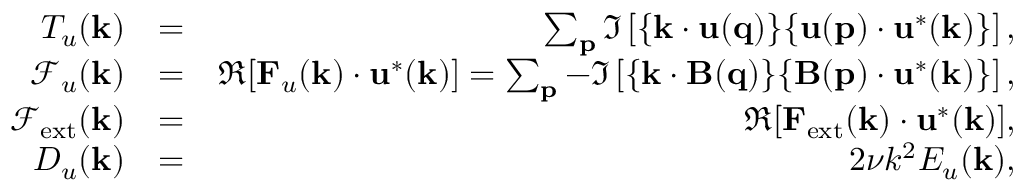
\begin{array} { r l r } { T _ { u } ( { \bf k } ) } & { = } & { \sum _ { \bf p } \Im \left[ { \bf \{ k \cdot u ( q ) \} \{ u ( p ) \cdot u ^ { * } ( k ) \} } \right] , } \\ { \mathcal { F } _ { u } ( { \bf k } ) } & { = } & { \Re [ { \bf F } _ { u } ( { \bf k } ) \cdot { \bf u } ^ { * } ( { \bf k } ) ] = \sum _ { \bf p } - \Im \left[ { \bf \{ k \cdot B ( q ) \} \{ B ( p ) \cdot u ^ { * } ( k ) \} } \right] , } \\ { \mathcal { F } _ { \mathrm { e x t } } ( { \bf k } ) } & { = } & { \Re [ { \bf F } _ { \mathrm { e x t } } ( { \bf k } ) \cdot { \bf u } ^ { * } ( { \bf k } ) ] , } \\ { D _ { u } ( \mathbf { k } ) } & { = } & { 2 \nu k ^ { 2 } E _ { u } ( { \bf k } ) , } \end{array}